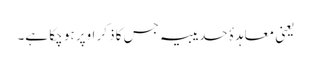
یعنی معاہدۂ حدیبیہ جس کا ذکر اوپر ہو چکا ہے۔